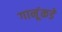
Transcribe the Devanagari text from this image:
गानूंकडे